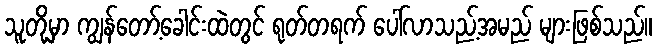
သူတို့မှာ ကျွန်တော့်ခေါင်းထဲတွင် ရုတ်တရက် ပေါ်လာသည့်အမည် များဖြစ်သည်။